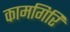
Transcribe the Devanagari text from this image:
कामगिरि